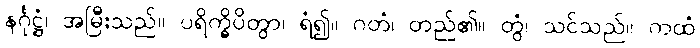
နင်္ဂုဋ္ဌံ၊ အမြီးသည်။ ပရိက္ခိပိတွာ၊ ရံ၍။ ဂတံ၊ တည်၏။ တွံ၊ သင်သည်။ ကထံ